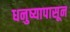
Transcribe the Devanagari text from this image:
धनुष्यापासून